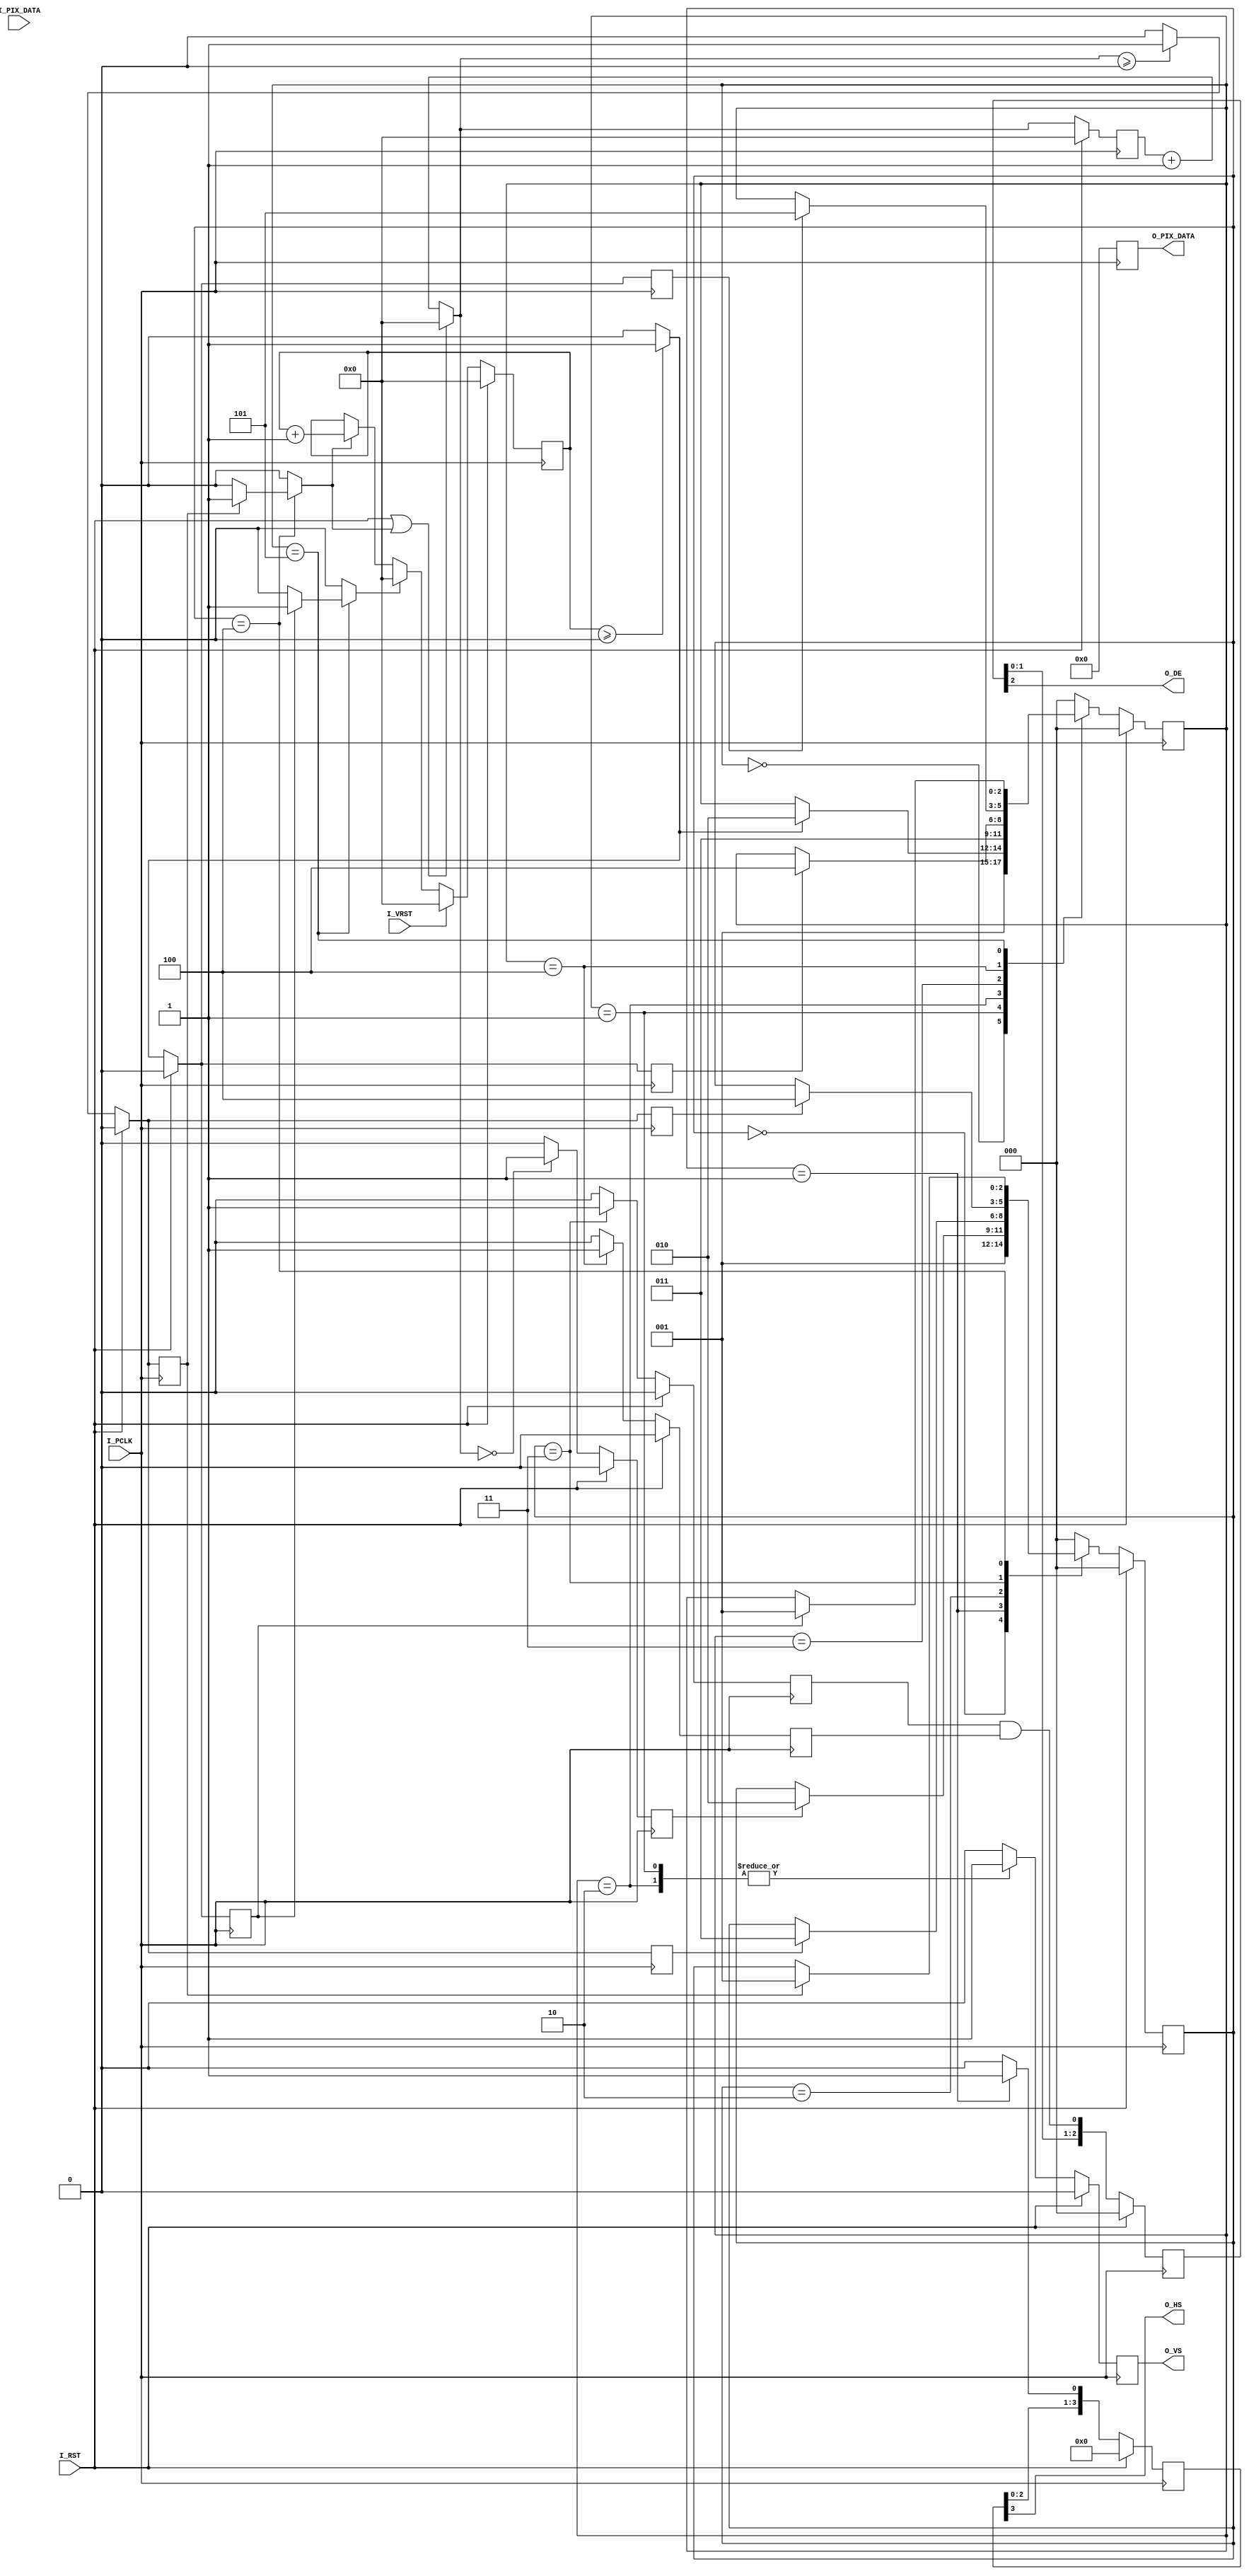
////
//
// University of Utah ECE 5710/6710 Edge Detection ASIC
//
// Module Name: video_timing_gen
// Description: Module for creating Horizontal and Vertical syncs,
//
////

module video_timing_gen
  #(
    parameter [11:0] I_HS_END = 11'd0,
    parameter [11:0] I_HBP_END = 11'd0,
    parameter [11:0] I_HACT_END = 11'd0,
    parameter [11:0] I_HFP_END = 11'd0,
    parameter [11:0] I_VS_END = 11'd0,
    parameter [11:0] I_VBP_END = 11'd0,
    parameter [11:0] I_VACT_END = 11'd0,
    parameter [11:0] I_VFP_END = 11'd0,
    parameter        I_TP_EN = 1
  )
  (
    input   wire        I_RST,      // Reset
    input   wire        I_PCLK,     // Pixel Clock (25.175 MHz)
    input   wire [23:0] I_PIX_DATA, // Input Pixel Data (Asyncronus)
    // input   wire        I_TP_EN,    // Test Pattern Enable
    // input   wire [11:0] I_HS_END,   // Constant used for Horizontal Sync Counter
    // input   wire [11:0] I_HBP_END,  // Constant used for Horizontal Back Porch Counter
    // input   wire [11:0] I_HACT_END, // Constant used for Horizontal Active Counter
    // input   wire [11:0] I_HFP_END,  // Constant used for Horizontal Front Porch Counter
    // input   wire [11:0] I_VS_END,   // Constant used for Vertical Sync Counter
    // input   wire [11:0] I_VBP_END,  // Constant used for Vertical Back Porch Counter
    // input   wire [11:0] I_VACT_END, // Constant used for Vertical Active Counter
    // input   wire [11:0] I_VFP_END,  // Constant used for Vertical Front Porch Counter
    input   wire        I_VRST,     // Incoming Vertical Sync (used to reset counters)
    output  wire        O_DE,       // Output Data Enable
    output  wire        O_HS,       // Output Horizontal Sync
    output  wire        O_VS,       // Output Vertical Sync
    output  wire [23:0] O_PIX_DATA  // Output Pixel Data
  );

  // State Parameters
  //need to set parameters as local, or synthesizer will have warning thinking the parameter is global
  localparam [2:0]   S_HRESET      = 3'b000;
  localparam [2:0]   S_HSYNC       = 3'b001;
  localparam [2:0]   S_HBACK       = 3'b010;
  localparam [2:0]   S_HACT        = 3'b011;
  localparam [2:0]   S_HFRONT      = 3'b100;

  localparam [2:0]   S_VRESET      = 3'b000;
  localparam [2:0]   S_VSYNC       = 3'b001;
  localparam [2:0]   S_VBACK_START = 3'b010;
  localparam [2:0]   S_VBACK       = 3'b011;
  localparam [2:0]   S_VACT        = 3'b100;
  localparam [2:0]   S_VFRONT      = 3'b101;

  wire        n_hs_done;
  wire        n_hbp_done;
  wire        n_hact_done;
  wire        n_hfp_done;
  wire        n_vs_done;
  wire        n_vbp_done;
  wire        n_vact_done;
  wire        n_vfp_done;
  wire [11:0] n_hctr;
  wire [11:0] n_vctr;
  reg [2:0]  n_hstate;
  reg [2:0]  n_vstate;

  reg         q_hs_done;
  reg         q_hbp_done;
  reg         q_hact_done;
  reg         q_hfp_done;
  reg         q_vs_done;
  reg         q_vbp_done;
  reg         q_vact_done;
  reg         q_vfp_done;
  reg [11:0]  q_hctr;
  reg [11:0]  q_vctr;
  reg [2:0]   q_hstate;
  reg [2:0]   q_vstate;

  reg        n_hde;
  reg        n_vde;
  reg        n_hsync;
  reg        n_vsync;
  reg        n_hrst;
  reg        n_vrst;
  wire [3:0]  n_hsDly;
  wire [3:0]  n_deDly;
  wire        n_de;
  wire [23:0] n_tstpat;
  wire [23:0] n_pix_data;

  reg         q_hde;
  reg         q_vde;
  reg         q_hsync;
  reg         q_vsync;
  reg         q_hrst;
  reg         q_vrst;
  reg [3:0]   q_hsDly;
  reg [3:0]   q_deDly;
  reg         q_de;
  reg [23:0]  q_tstpat;
  reg [23:0]  q_pix_data;

  // Output Mapping
  assign O_DE        = q_deDly[2];
  assign O_HS        = q_hsDly[3];
  assign O_VS        = q_vsync;
  assign O_PIX_DATA  = (I_TP_EN) ? (q_tstpat) : (q_pix_data);
  // assign O_HCNT      = q_hctr - I_HBP_END; // may need to be delayed to line up with DE
  // assign O_VCNT      = q_vctr - I_VBP_END;

  // RTL Logic

  assign n_hs_done    = (n_hctr == I_HS_END)    ? 1'b1 : 1'b0;
  assign n_hbp_done   = (n_hctr >= I_HBP_END)   ? 1'b1 : 1'b0;
  assign n_hact_done  = (n_hctr >= I_HACT_END)  ? 1'b1 : 1'b0;
  assign n_hfp_done   = (n_hctr >= I_HFP_END)   ? 1'b1 : 1'b0;

  assign n_vs_done    = (q_vctr >= I_VS_END)    ? 1'b1 : 1'b0; 
  assign n_vbp_done   = (q_vctr >= I_VBP_END)   ? 1'b1 : 1'b0; 
  assign n_vact_done  = (q_vctr >= I_VACT_END)  ? 1'b1 : 1'b0; 
  assign n_vfp_done   = (q_vctr >= I_VFP_END)   ? 1'b1 : 1'b0; 

  assign n_vctr       = (I_VRST == 1'b1) ? 12'h0 :        // Force the line counter to 0
                        (n_vrst == 1'b1) ? 12'h0 :        // Reset the line counter, starting new field
                        (n_hrst == 1'b1) ? q_vctr + 1 :   // Increment line counter if hrst is asserted
                        q_vctr;                           // Otherwise keep old value
  assign n_hctr       = (I_RST == 1'b1 || n_hrst == 1'b1) ? 12'h0 : // Reset pixel counter, starting new line
                        q_hctr + 1;                                 // otherwise increment pixel counter
  assign n_de         = q_hde & q_vde;  // Data Enable
  assign n_hsDly      = {q_hsDly[2:0], n_hsync};  // Delay pipe for hsync
  assign n_deDly      = {q_deDly[2:0], n_de};     // Delay pipe for de
  assign n_tstpat     = /*(q_deDly[1] == 1'b1) ? {O_VCNT[7:0], // Pixel color depends on vertical
                                                O_HCNT[7:0], // counter and horizontal counter
                                                O_HCNT[7:0]} : */
                        24'h0;
  assign n_pix_data   = (q_deDly[1] == 1'b1) ? I_PIX_DATA : // Incoming pixel data (will need to be modifed)
                        24'h0;                              // Async fifo output?

  // Horizontal State Machine

  always @(q_hstate, q_hs_done, q_hbp_done, q_hact_done, q_hfp_done) begin
    // Default values
    n_hstate  = q_hstate;
    n_hsync   = 1'b0;
    n_hde     = 1'b0;
    n_hrst    = 1'b0;

    case (q_hstate)
      S_HRESET:
        n_hstate = S_HSYNC;
      S_HSYNC:
        begin
          n_hsync = 1'b1;
          if(q_hs_done == 1'b1) begin
            n_hstate = S_HBACK;
          end
        end
      S_HBACK:
        if(q_hbp_done == 1'b1) begin
          n_hstate = S_HACT;
        end
      S_HACT:
        begin
          n_hde = 1'b1;
          if(q_hact_done == 1'b1) begin
            n_hstate = S_HFRONT;
          end
        end
      S_HFRONT:
        if(q_hfp_done == 1'b1) begin
          n_hstate = S_HSYNC;
          n_hrst = 1'b1;
        end
      default:
        n_hstate = S_HRESET;
    endcase
  end

  // Vertical State Machine
  always @(q_vstate, n_vs_done, q_vbp_done, q_vact_done, q_vfp_done) begin
    // Defaults
    n_vstate = q_vstate;
    n_vsync  = 1'b0;
    n_vde    = 1'b0;
    n_vrst   = 1'b0;
    case (q_vstate)
      S_VRESET :
        n_vstate = S_VSYNC;
      S_VSYNC :
        begin
          n_vsync = 1'b1;
          if(n_vs_done == 1'b1) begin
            n_vstate = S_VBACK_START;
          end
        end
      S_VBACK_START :
        begin
          n_vsync = 1'b1;
          n_vstate = S_VBACK;
        end
      S_VBACK :
        if(q_vbp_done == 1'b1) begin
          n_vstate = S_VACT;
        end
      S_VACT :
        begin
          n_vde = 1'b1;
          if (q_vact_done == 1'b1) begin
            n_vstate = S_VFRONT;
          end
        end
      S_VFRONT :
        if(q_vfp_done == 1'b1) begin
          n_vstate = S_VSYNC;
          n_vrst = 1'b1;
        end
      default :
        n_vstate = S_VRESET;
    endcase
  end

  // Clocked always block
  always @(posedge I_PCLK) begin
    if(I_RST == 1'b1) begin
      q_hs_done   <= 1'b0;
      q_hbp_done  <= 1'b0;
      q_hact_done <= 1'b0;
      q_hfp_done  <= 1'b0;
      q_vs_done   <= 1'b0;
      q_vbp_done  <= 1'b0;
      q_vact_done <= 1'b0;
      q_vfp_done  <= 1'b0;
      q_hctr      <= 12'b0;
      q_vctr      <= 12'b0;
      q_hstate    <= 3'b0;
      q_vstate    <= 3'b0;
      q_hde       <= 1'b0;
      q_vde       <= 1'b0;
      q_hsync     <= 1'b0;
      q_vsync     <= 1'b0;
      q_hrst      <= 1'b0;
      q_vrst      <= 1'b0;
      q_hsDly     <= 3'b0;
      q_deDly     <= 3'b0;
      q_de        <= 1'b0;
      q_tstpat    <= 24'b0;
      q_pix_data  <= 24'b0;
    end
    else begin
      q_hs_done   <= n_hs_done;
      q_hbp_done  <= n_hbp_done;
      q_hact_done <= n_hact_done;
      q_hfp_done  <= n_hfp_done;
      q_vs_done   <= n_vs_done;
      q_vbp_done  <= n_vbp_done;
      q_vact_done <= n_vact_done;
      q_vfp_done  <= n_vfp_done;
      q_hctr      <= n_hctr;
      q_vctr      <= n_vctr;
      q_hstate    <= n_hstate;
      q_vstate    <= n_vstate;
      q_hde       <= n_hde;
      q_vde       <= n_vde;
      q_hsync     <= n_hsync;
      q_vsync     <= n_vsync;
      q_hrst      <= n_hrst;
      q_vrst      <= n_vrst;
      q_hsDly     <= n_hsDly;
      q_deDly     <= n_deDly;
      q_de        <= n_de;
      q_tstpat    <= n_tstpat;
      q_pix_data  <= n_pix_data;
    end
  end


endmodule